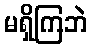
မရှိကြဘဲ